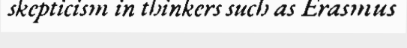
skepticism in thinkers such as Erasmus